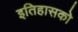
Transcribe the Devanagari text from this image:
इतिहासको